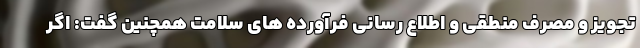
تجویز و مصرف منطقی و اطلاع رسانی فرآورده های سلامت همچنین گفت: اگر